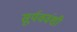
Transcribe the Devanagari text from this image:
सूर्यववंशी